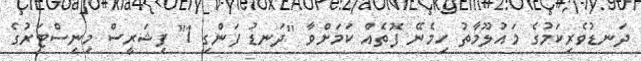
ދަނޑުވެރިކަމުގެ މައުލޫމާތު ހިމެނޭ ފޮތެއް ކަމަށްވާ "ދަނޑު ފަންގި 1" ފިޝަރީސް މިނިސްޓަރުގެ